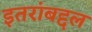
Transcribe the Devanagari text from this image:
इतरांबद्दल